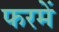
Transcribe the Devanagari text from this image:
फरमें